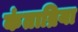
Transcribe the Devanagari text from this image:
कंताब्रिया